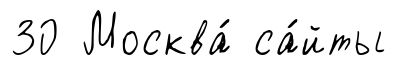
30 Москва́ са́йты